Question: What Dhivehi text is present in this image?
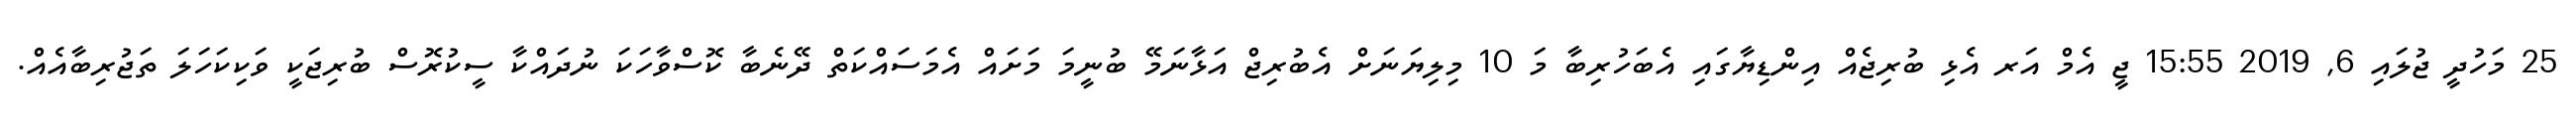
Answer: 25 މަހުދީ ޖުލައި 6, 2019 15:55 ޖީ އެމް އަރ އެޅި ބުރިޖެއް އިންޑިޔާގައި އެބަހުރިބާ މަ 10 މިލިޔަނަށް އެބުރިޖް އަޅާނަމޭ ބުނީމަ މަށައް އެމަސައްކަތް ދޭނެބާ ކޮސްވާހަކަ ނުދައްކާ ސީކުރޮސް ބުރިޖަކީ ވަކިކަހަލަ ތަޖުރިބާއެއް.